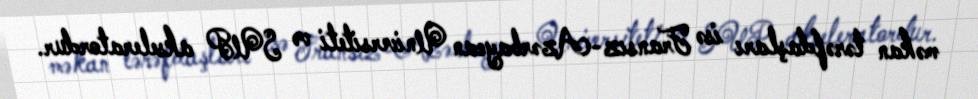
məkan tərəfdaşları isə Fransız-Azərbaycan Universiteti və SUP akseleratordur.